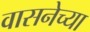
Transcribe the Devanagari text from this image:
वासनेच्या